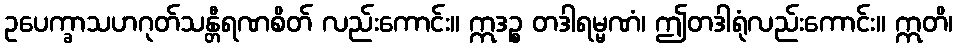
ဥပေက္ခာသဟဂုတ်သန္တီရဏစိတ် လည်းကောင်း။ ဣဒဉ္စ တဒါရမ္မဏံ၊ ဤတဒါရုံလည်းကောင်း။ ဣတိ၊